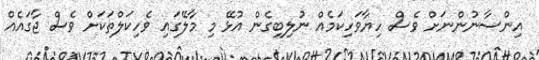
އިންސާނުންނަށް ވެސް ހިޔާވަހިކަމެއް ނުލިބިގެން އުޅޭ މި މާލޭގައި ވެހިކަލްތަކަށް ވެސް ޖާގައެއް